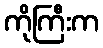
ကိုကြီးက